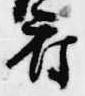
府